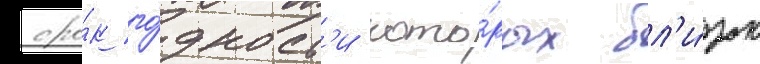
сро́к го́дност'и кото́рых бл'и́зок